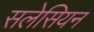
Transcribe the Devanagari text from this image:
सलेसियन